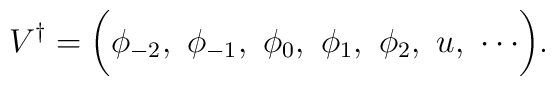
V^{\dagger}=\biggl(\phi_{-2},\ \phi_{-1},\ \phi_0,\ \phi_1,\ \phi_2,\ u,\ \cdots\biggr).